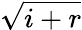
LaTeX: \sqrt{i+r}